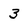
Character: 3